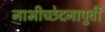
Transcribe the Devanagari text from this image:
नाभीच्छेदनापुर्वी